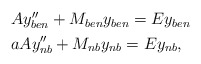
\begin{align*} \begin{aligned} & Ay''_{ben} +M_{ben}y_{ben}=Ey_{ben} \\ & aAy''_{nb} +M_{nb}y_{nb}=Ey_{nb},\end{aligned}\end{align*}